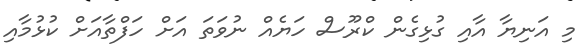
މި އަނިޔާ އާއި ގުޅިގެން ކްރޫސް ހަޔެއް ނުވަތަ އަށް ހަފްތާއަށް ކުޅުމާއި